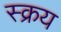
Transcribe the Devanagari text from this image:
स्क्रय